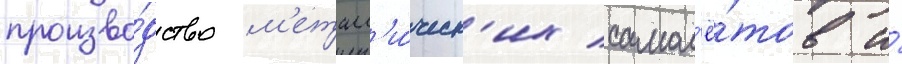
произво́дство м'еталл'и́ческ'их самол'ё́тов и́